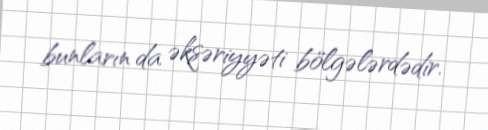
bunların da əksəriyyəti bölgələrdədir.